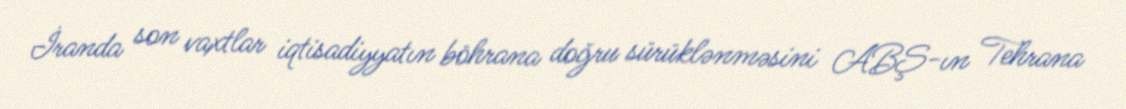
İranda son vaxtlar iqtisadiyyatın böhrana doğru sürüklənməsini ABŞ-ın Tehrana